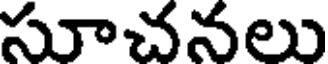
సూచనలు